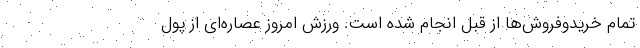
تمام خرید‌و‌فروش‌ها از قبل انجام شده است. ورزش امروز عصاره‌ای از پول